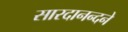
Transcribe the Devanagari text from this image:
सारदानन्दने